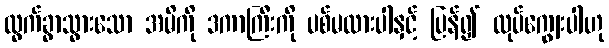
ထွက်ခွာသွားသော အမိကို ဒကာကြီးကို ပစ်မထားပါနှင့် ပြန်၍ လုပ်ကျွေးပါဟု